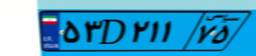
۵۳D۲۱۱۷۵